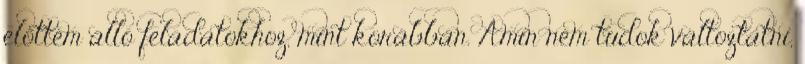
előttem álló feladatokhoz, mint korábban. Amin nem tudok változtatni,